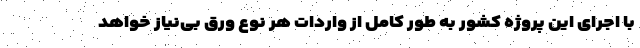
با اجرای این پروژه کشور به طور کامل از واردات هر نوع ورق بی‌نیاز خواهد